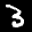
Label: 3